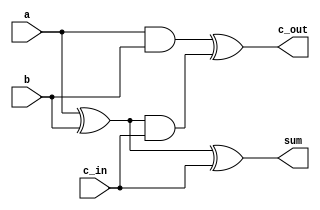
`timescale 1ns / 1ps
//////////////////////////////////////////////////////////////////////////////////
// Company: 
// Engineer: 
// 
// Design Name: 
// Module Name: Full_Adder
// Project Name: 
// Target Devices: 
// Tool Versions: 
// Description: 
// 
// Dependencies: 
// 
// Revision:
// Revision 0.01 - File Created
// Additional Comments:
// 
//////////////////////////////////////////////////////////////////////////////////


module Full_Adder(sum, c_out, a, b, c_in );
input a, b,c_in;
output sum,c_out;
xor xor1(s1,a,b);
xor xor2(sum,s1,c_in);
and and1(c1,a,b);
and and2(s2,s1,c_in);
xor xor3(c_out,c1,s2);
endmodule